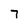
Character: 7